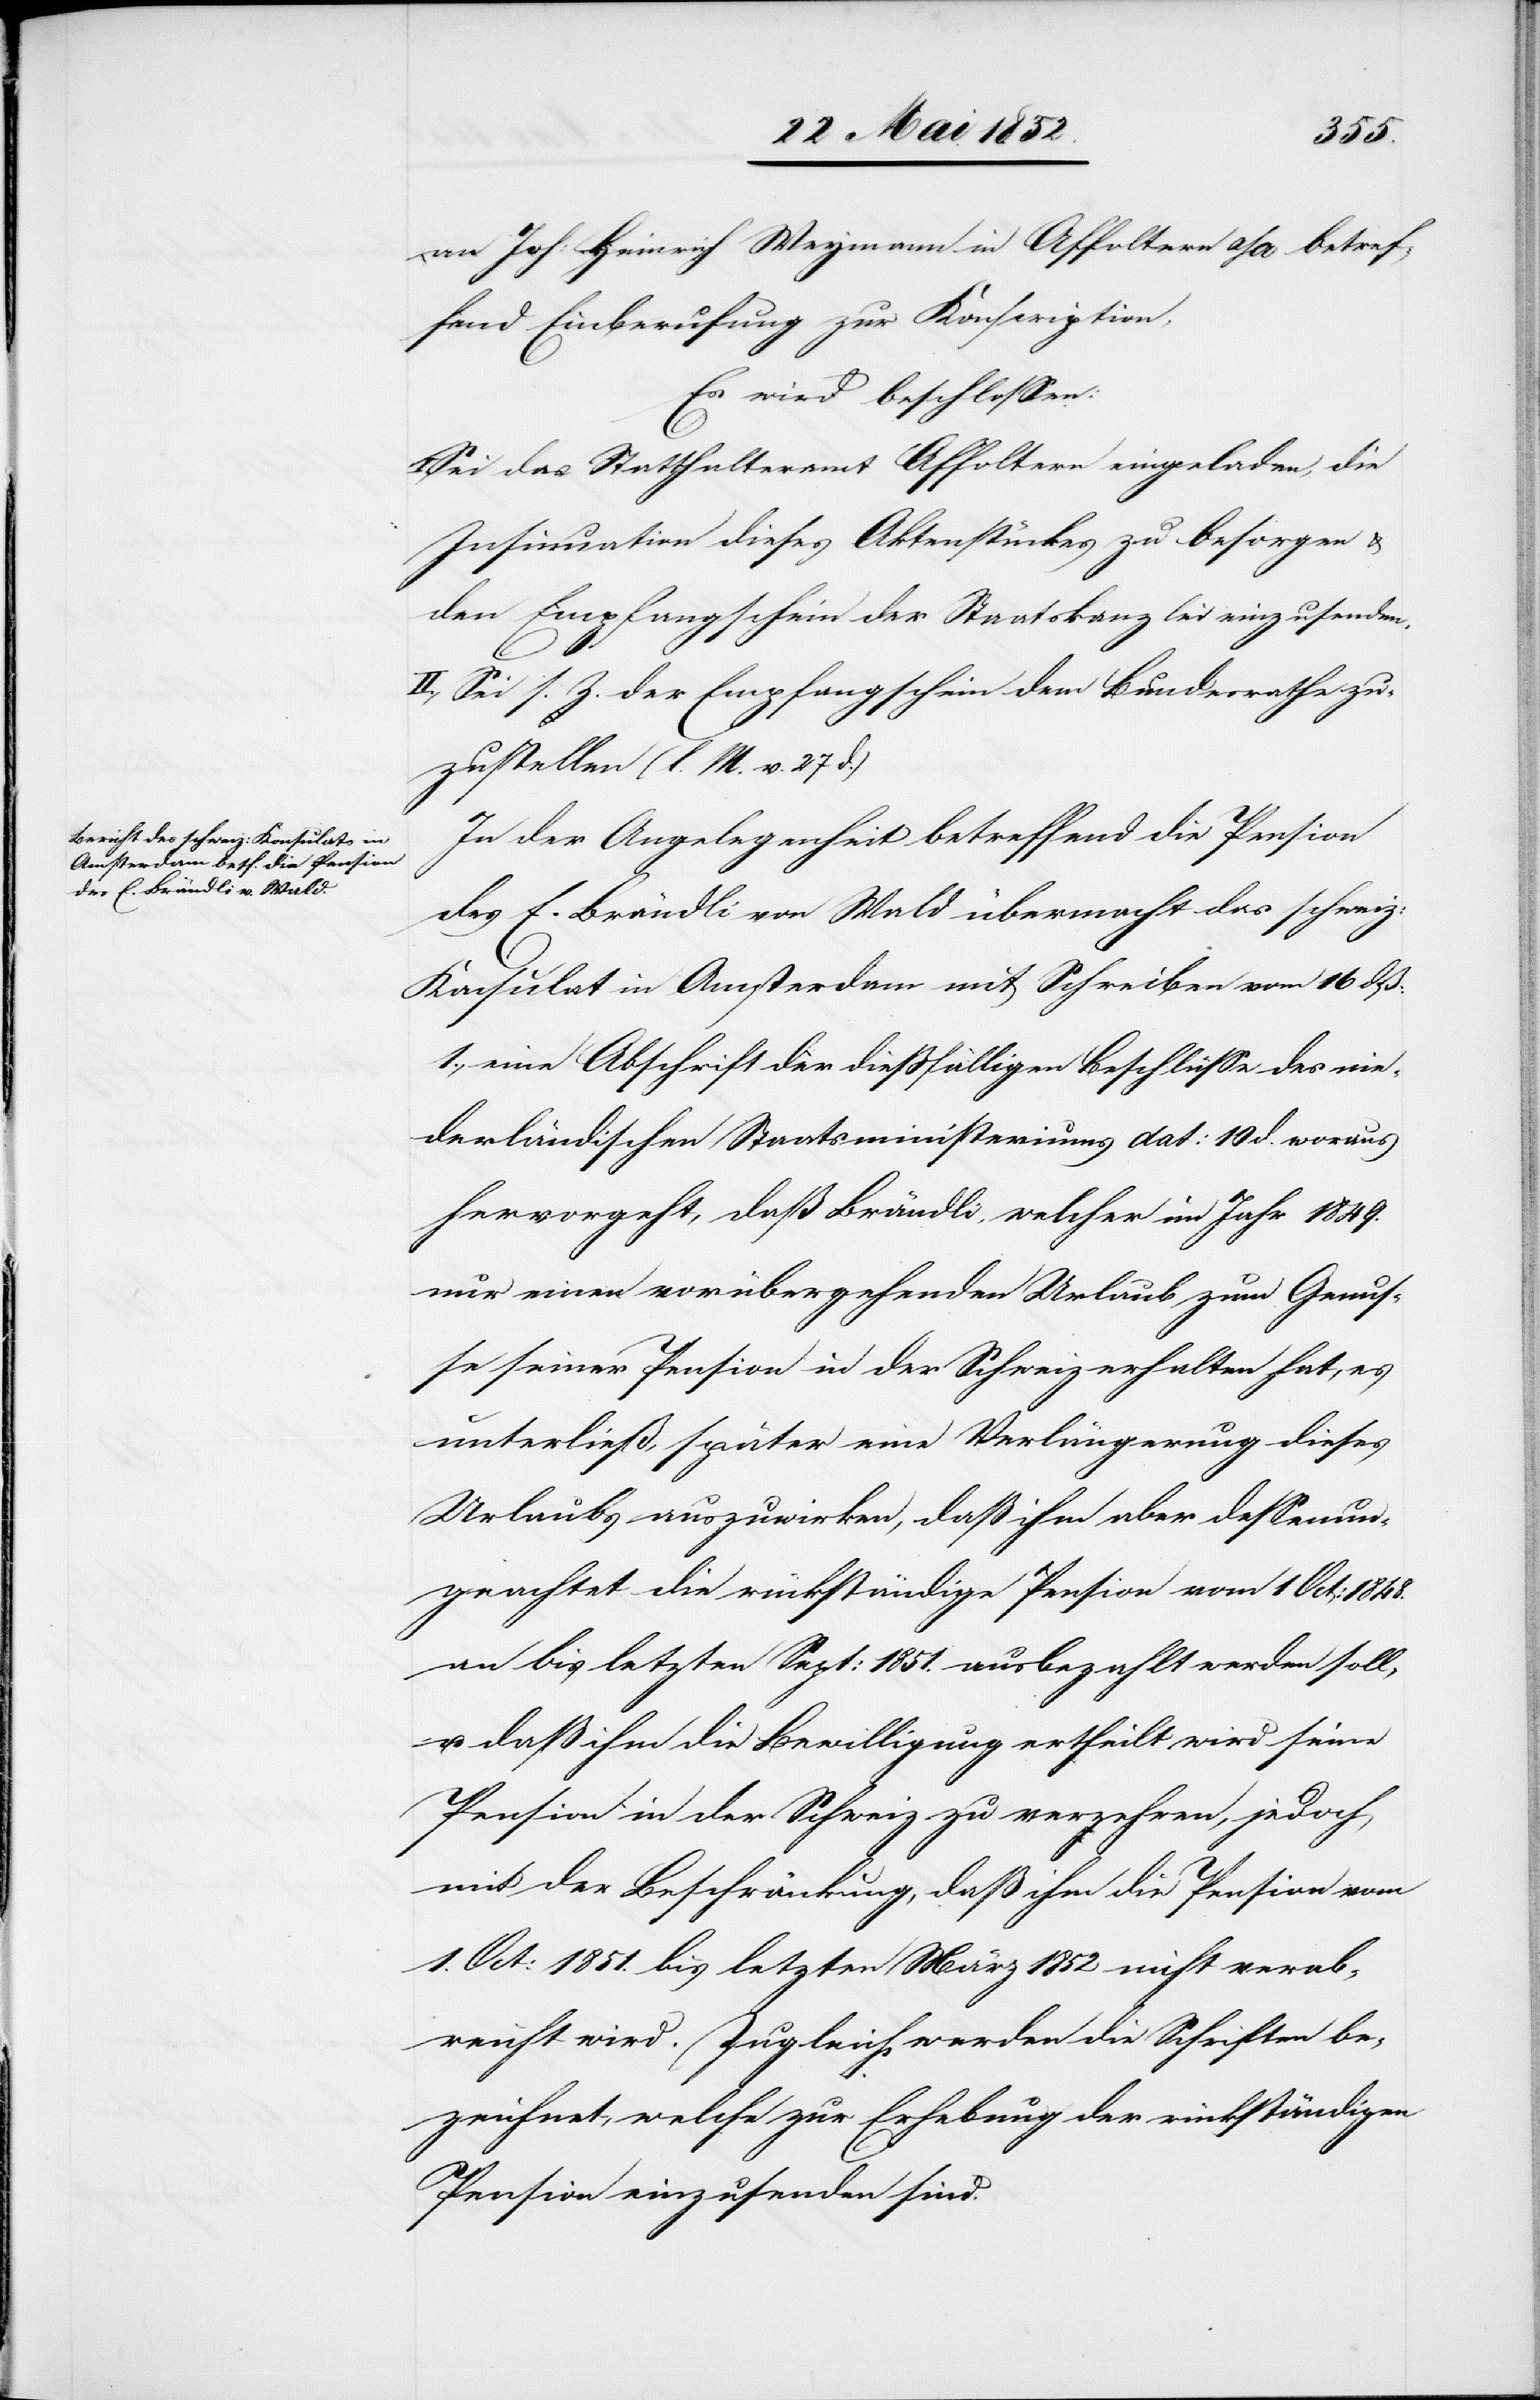
an Joh: Heinrich Weymann in Affoltern a/A betref¬
fend Einberufung zur Konscription.
Es wird beschlossen:
Sei das Statthalteramt Affoltern eingeladen, die
Insinuation dieses Aktenstückes zu besorgen &
den Empfangschein der Staatskanzlei einzusenden.
II., Sei s. Z. der Empfangschein dem Bundesrathe zu¬
zustellen (l. M. v. 27 d.)
In der Angelegenheit betreffend die Pension
des E. Brändli von Wald übermacht das schweiz:
Konsulat in Amsterdam mit Schreiben vom 16 dß:
1., eine Abschrift der diessfälligen Beschlüsse des nie¬
derländischen Staatsministeriums dat: 10 d. woraus
hervorgeht, daß Brändli, welcher im Jahr 1849.
nur einen vorübergehenden Urlaub zum Genus¬
se seiner Pension in der Schweiz erhalten hat, es
unterließ, später eine Verlängerung dieses
Urlaubs auszuwirken, daß ihm aber dessenun¬
geachtet die rückständige Pension vom 1 Oct: 1848.
an bis letzten Sept: 1851. ausbezahlt werden soll,
u. daß ihm die Bewilligung ertheilt wird seine
Pension in der Schweiz zu verzehren, jedoch
mit der Beschränkung, daß ihm die Pension vom
1. Oct: 1851. bis letzten März 1852 nicht verab¬
reicht wird. Zugleich werden die Schriften be¬
zeichnet, welche zur Erhebung der rückständigen
Pension einzusenden sind.